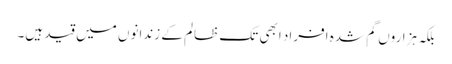
بلکہ ہزاروں گم شدہ افراد ابھی تک ظالم کے زندانوں میں قید ہیں۔